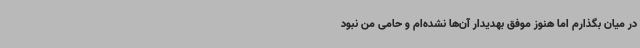
در میان بگذارم اما هنوز موفق بهدیدار آن‌ها نشده‌ام و حامی من نبود